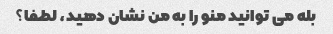
بله می توانید منو را به من نشان دهید، لطفا؟